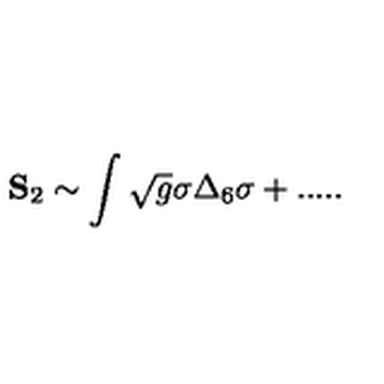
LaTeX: { \bf S } _ { 2 } \sim \int \sqrt { g } \sigma \Delta _ { 6 } \sigma + . . . . .